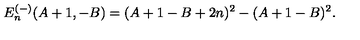
E _ { n } ^ { ( - ) } ( A + 1 , - B ) = ( A + 1 - B + 2 n ) ^ { 2 } - ( A + 1 - B ) ^ { 2 } .